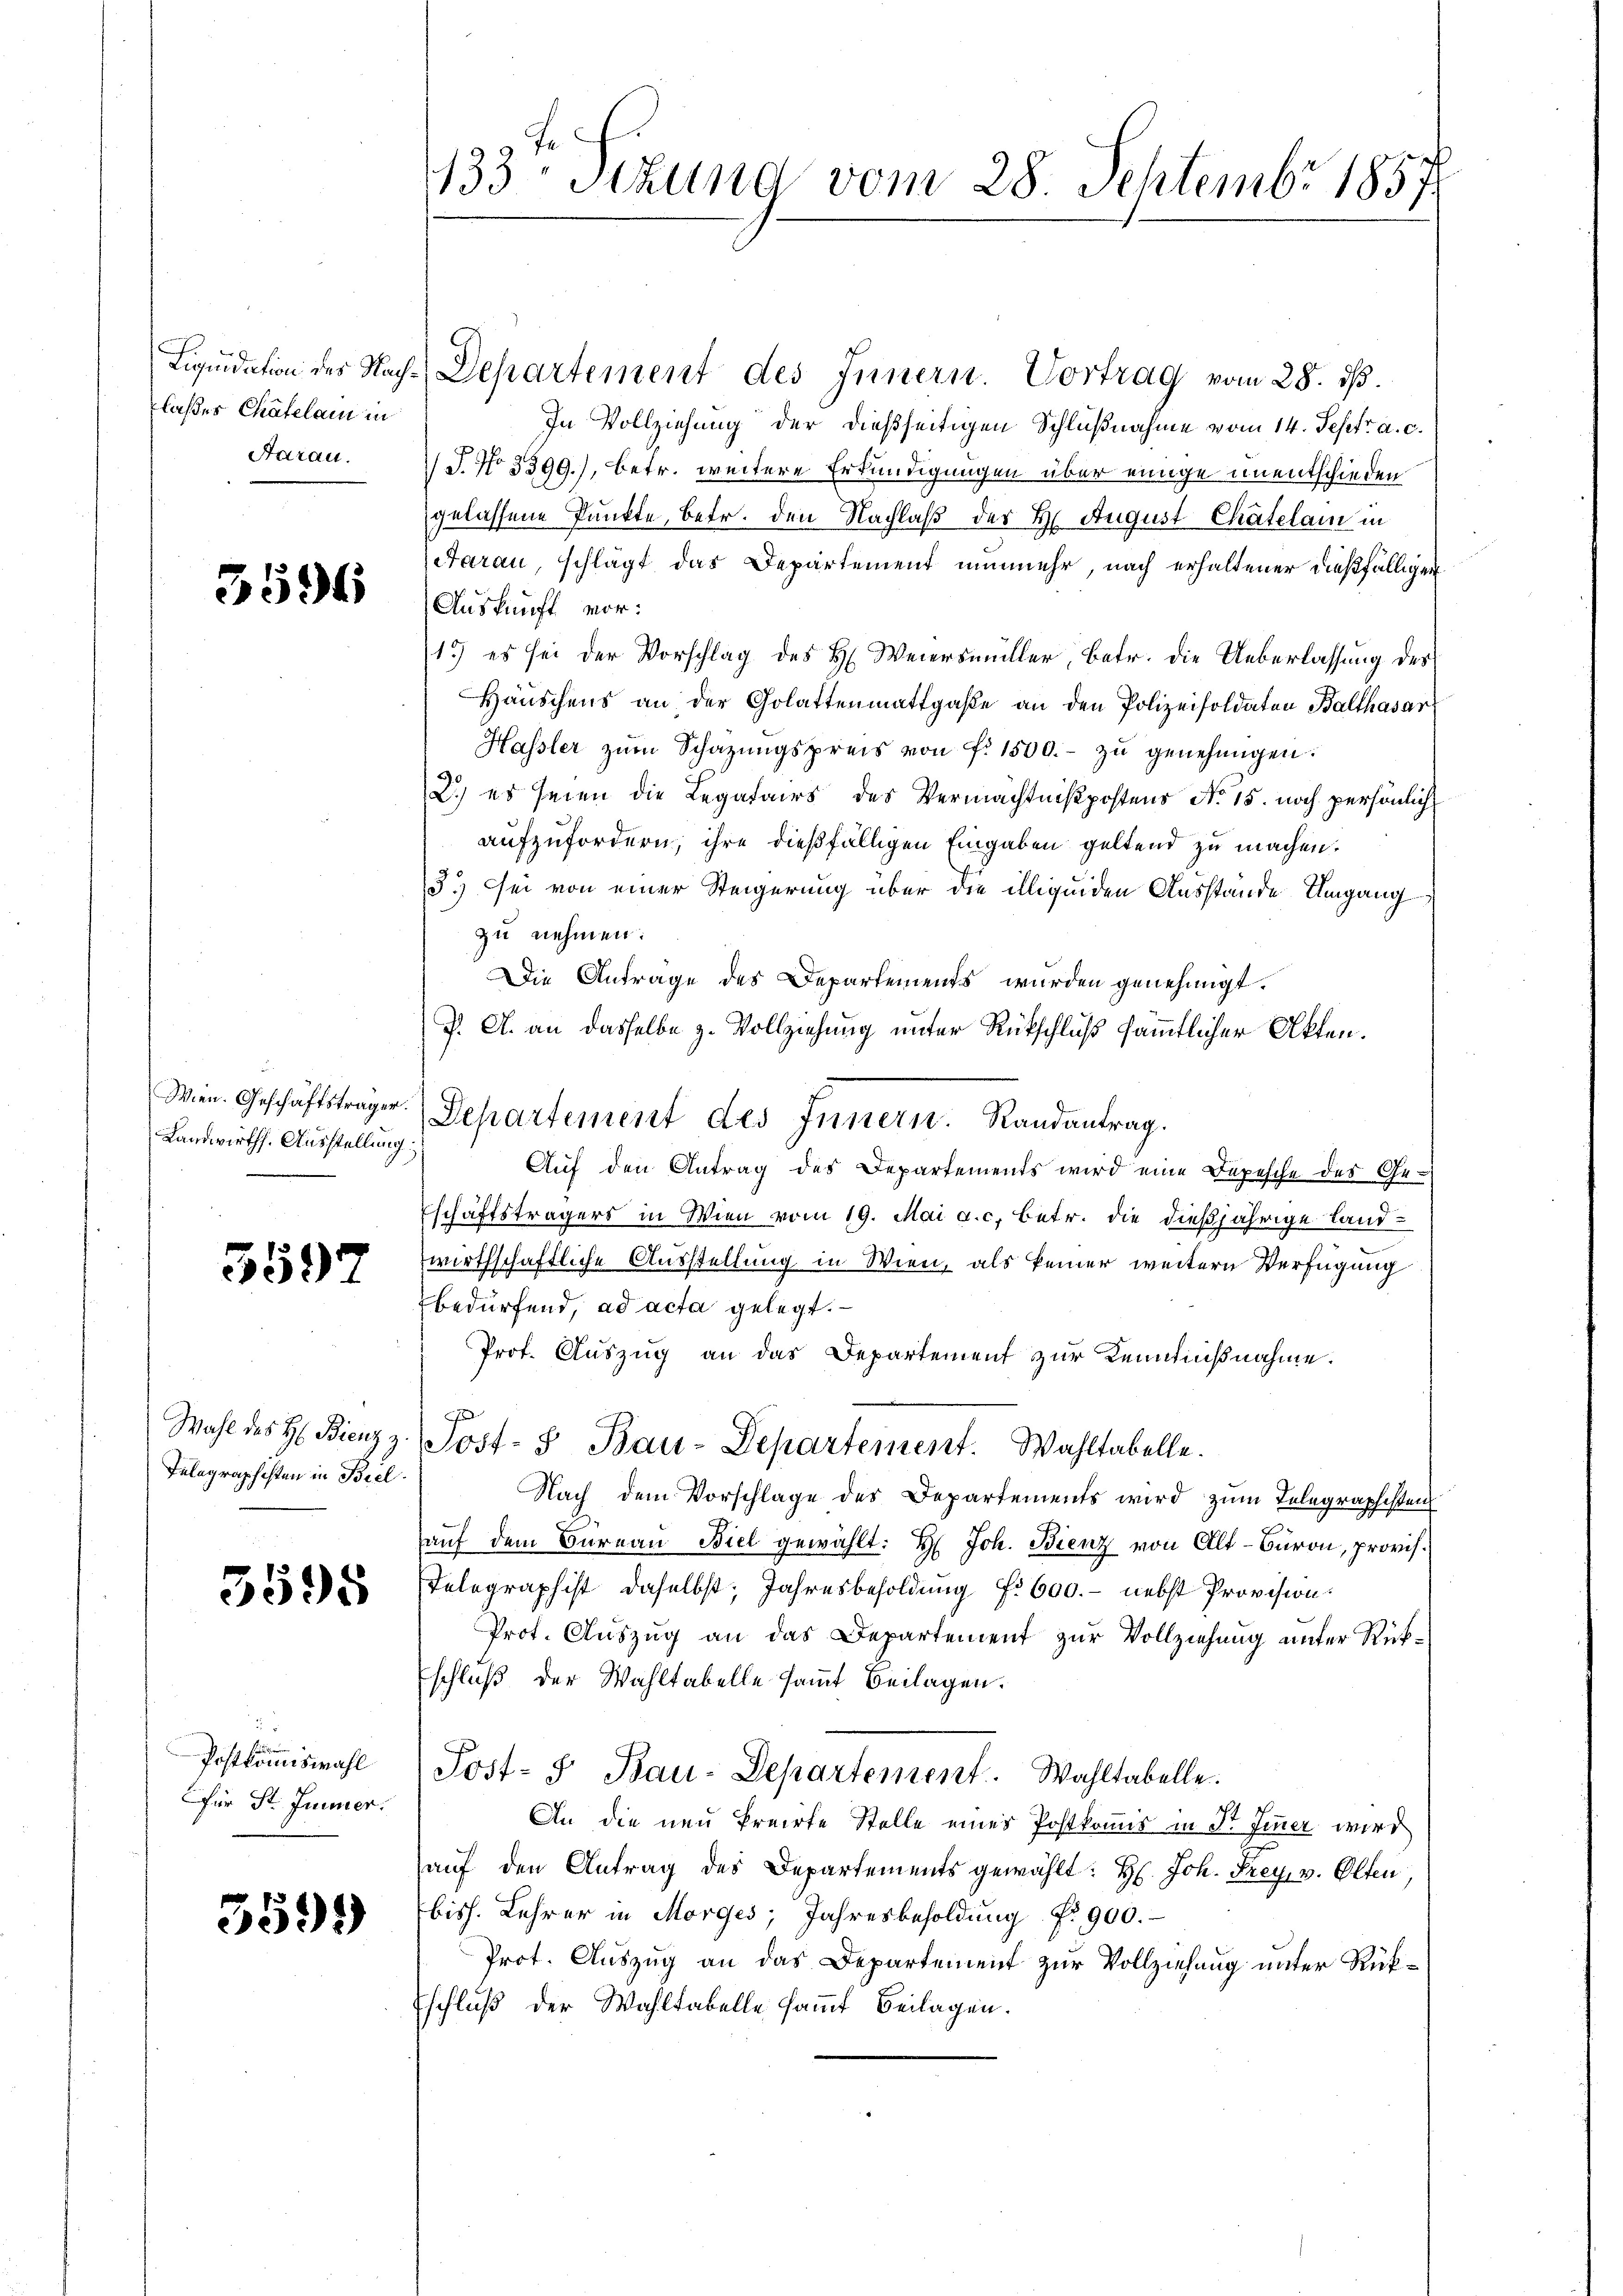
laßes Chatelam in
Aarau.

3594

Wien. Geschäftsträger.
Landwirths. Ausstellung.

3597

Wahl des H: Bienz z.
Telegraphisten in Biel.

3595

Postkommiswahl
Für St. Jenner.

3599

133 Sekung vom 28. Septembr 1857.

Liquidation des Nach-Departement des Innern. Vortrag vom 28. ds.
In Vollziehung der dießseitigen Schlußnahme vom 14. Sept. a. c.
1 J. No 3399.), betr. weitere Erkundigungen über einige unentschieden
gelassene Punkte, betr. den Nachlaß der H. August Chätelam in
Aarau, schlägt das Departement nunmehr, nach erhaltener dießfälligen
Auskunft vor:
1.) es sei der Vorschlag des H. Weiersmüller, betr. die Ueberlassung des
Häuschens an der Golattenmattgaße an den Polizeisoldaten Balthasar
Hassler zŭm Schatzŭngspreis von fr. 1500.- zŭ genehmigen.
2.) es seien die Legatairs des Vermächtnißpostens No 15. noch persönlich
aufzufordern, ihre dießfälligen Eingaben geltend zu machen.
3.) Sei von einer Steigerung über die illigenden Ausstände Umgang
zu nehmen:
Die Antrage des Departements wurden genehmigt.
J. A. an dasselbe z. Vollziehung unter Rückschluß sämmtlicher Akten.
Departement des Innern. Randantrag.
Auf den Antrag des Departements wird eine Depesche des Ge-
schäftsträgers in Wien vom 19. Mai a.c. betr. die dießjährige Landwirthschaftliche Ausstellung in Wien, als keiner weitern Verfügung
bedürfend, ad acta gelegt.
Prof. Auszug an das Departement zur Kenntnißnahme.
.
Post- & Bau-Departement. Wahltabelle.
Nach dem Vorschlage des Departements wird zum Telegraphisten
auf dem Büreau Biel gewählt: H. Joh. Bienz von Alt-Büron, provis¬
Telegraphist daselbst: Jahresbesoldung f. 600. - nebst Provision:
Prot. Auszug an das Departement zur Vollziehung unter Rükschluß der Wahltabelle sammt Beilagen.
Post- u Bau-Departement. Wahltabelle.
An die neu Preirte Stelle eines Postkomis in Dr. Jener wird
auf den Antrag des Departements gewählt: H. Joh. Frey. v. Olten,
biss. Lehrer in Morges, Jahresbesoldung No 900.
Prot. Auszug an das Departement zur Vollziehung unter Rükschluß der Wahltabelle samt Beilagen.